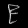
Digit: ၉